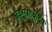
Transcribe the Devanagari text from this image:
जैवभूरसायनिक